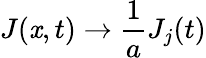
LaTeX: J(\mathit{x},t)\rightarrow\frac{{1}}{{a}}J_{j}(t)